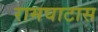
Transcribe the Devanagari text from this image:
रामघाटास